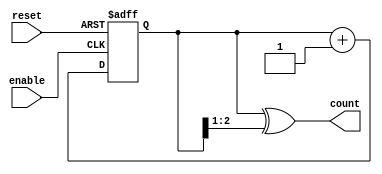
module gray_code_async_counter #(
    parameter N = 3  // Number of bits for the counter
)(
    input wire reset,     // Asynchronous reset
    input wire enable,    // Enable signal
    output reg [N-1:0] count // Current count in Gray code
);

// Internal binary counter
reg [N-1:0] binary_count;

// Function to convert binary to Gray code
function [N-1:0] binary_to_gray;
    input [N-1:0] binary;
    begin
        binary_to_gray = binary ^ (binary >> 1);
    end
endfunction

// Asynchronous reset and counting logic
always @(posedge enable or posedge reset) begin
    if (reset) begin
        binary_count <= 0; // Reset binary count to 0
    end else begin
        binary_count <= binary_count + 1; // Increment binary count
    end
end

// Update Gray code output based on the binary count
always @(*) begin
    count = binary_to_gray(binary_count);
end

endmodule